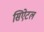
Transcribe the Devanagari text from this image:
सिऐटल